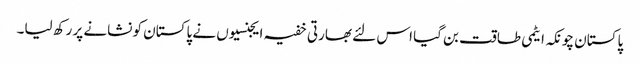
پاکستان چونکہ ایٹمی طاقت بن گیا اس لئے بھارتی خفیہ ایجنسیوں نے پاکستان کو نشانے پر رکھ لیا۔